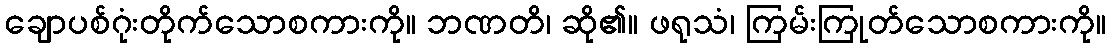
ချောပစ်ဂုံးတိုက်သောစကားကို။ ဘဏတိ၊ ဆို၏။ ဖရုသံ၊ ကြမ်းကြုတ်သောစကားကို။